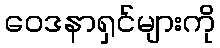
ဝေဒနာရှင်များကို